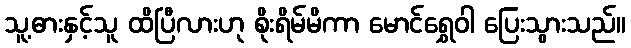
သူ့ဓားနှင့်သူ ထိပြီလားဟု စိုးရိမ်မိကာ မောင်ရွှေဝါ ပြေးသွားသည်။